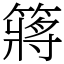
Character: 䉃